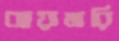
ঝায়ামারি